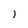
Character: j